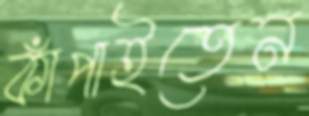
কাঁপাইতেন